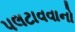
પલટાવવાનો